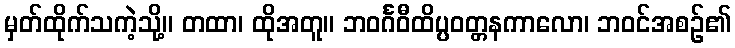
မှတ်ထိုက်သကဲ့သို့။ တထာ၊ ထိုအတူ။ ဘဝင်္ဂဝီထိပ္ပဝတ္တနကာလော၊ ဘဝင်အစဉ်၏